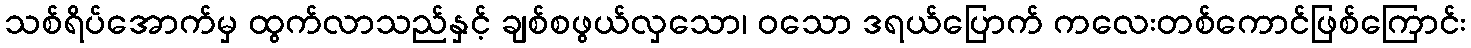
သစ်ရိပ်အောက်မှ ထွက်လာသည်နှင့် ချစ်စဖွယ်လှသော၊ ဝသော ဒရယ်ပြောက် ကလေးတစ်ကောင်ဖြစ်ကြောင်း